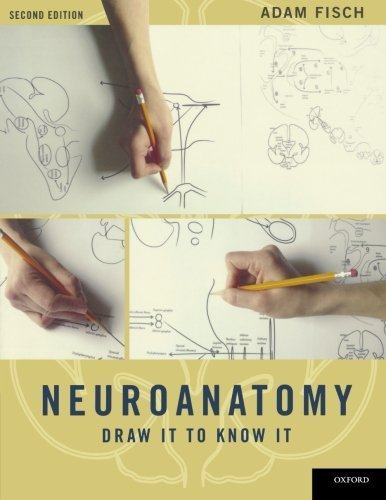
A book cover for Neuroanatomy: Draw It to Know It 2nd (second) Edition by Fisch, Adam [2012]; Medical Books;